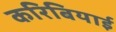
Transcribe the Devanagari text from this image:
करिबियाई